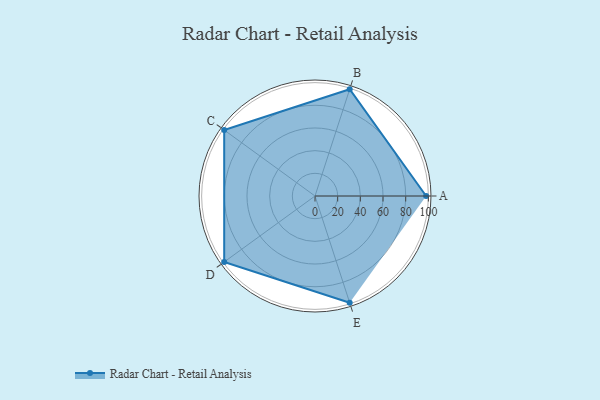
{"axis": {"x": "Skill", "y": "Score"}, "legend": ["Profile"], "data": [{"x": "A", "y": 98.0, "type": "Profile"}, {"x": "B", "y": 99, "type": "Profile"}, {"x": "C", "y": 99, "type": "Profile"}, {"x": "D", "y": 99, "type": "Profile"}, {"x": "E", "y": 99, "type": "Profile"}]}